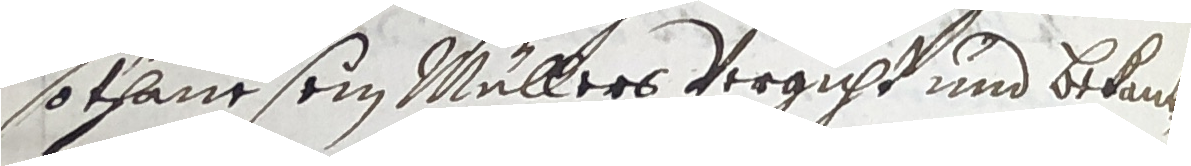
so thane sein müllers vergicht und bekant